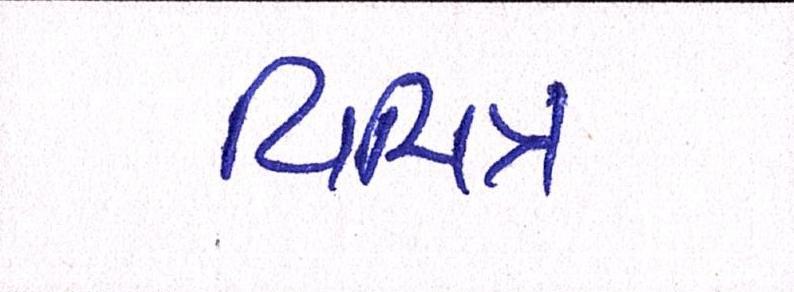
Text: વિચિત્ર